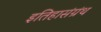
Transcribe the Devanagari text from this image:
इतिहासंग्रंथ